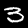
Label: 3